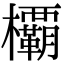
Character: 𣠽